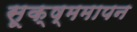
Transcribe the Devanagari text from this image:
सूक्ष्ममापन